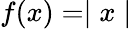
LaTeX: f(x)=\mid x\mid